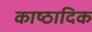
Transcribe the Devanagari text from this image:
काष्‍ठादिक